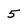
Character: 5